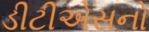
ડીટીએસનો